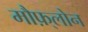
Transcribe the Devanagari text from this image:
मौफ़्लोन